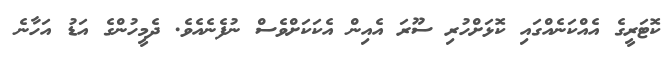
ކޮޓަރީގެ އެއްކަނެއްގައި ކޮޅަށްހުރި ސޫރަ އެއިން އެކަކަށްވެސް ނުފެނެއެވެ. ދެމީހުންގެ އަޑު އަހާނެ